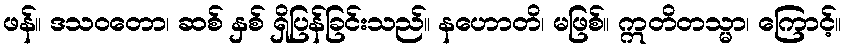
ဖန်။ ဒသဝတော၊ ဆစ် နှစ် ရှိပြန်ခြင်းသည်။ နဟောတိ၊ မဖြစ်။ ဣတိတသ္မာ၊ ကြောင့်။